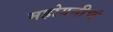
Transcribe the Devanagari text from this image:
महोगनीचं